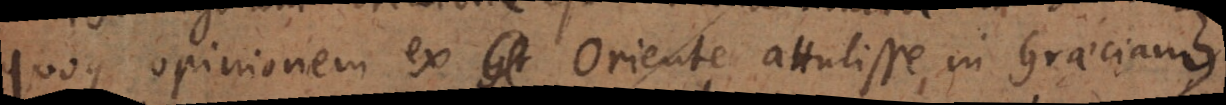
quoque opinionem ex Oriente attulisse in Graeciam